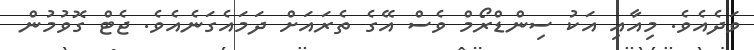
ވަދެއެވެ. މިއާއި އަކު ސިންޑްރޯމް ވެސް އޭގެ ތެރައަށް ދަމައެގަނެއެވެ. ޖެޓް ގޮވުމުން